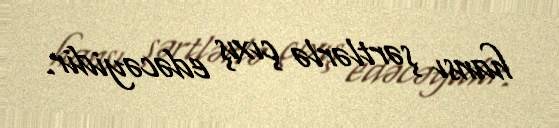
hansı şərtlərlə çıxış edəcəyidir.